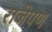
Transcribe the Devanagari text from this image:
राजेपण